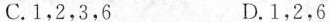
C.1，2，3，6 D.1，2，6